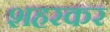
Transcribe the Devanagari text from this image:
शहरकर